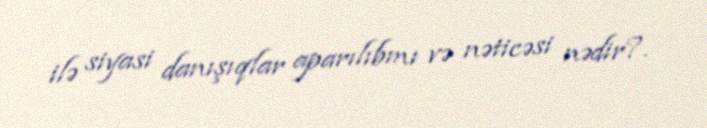
ilə siyasi danışıqlar aparılıbmı və nəticəsi nədir?.